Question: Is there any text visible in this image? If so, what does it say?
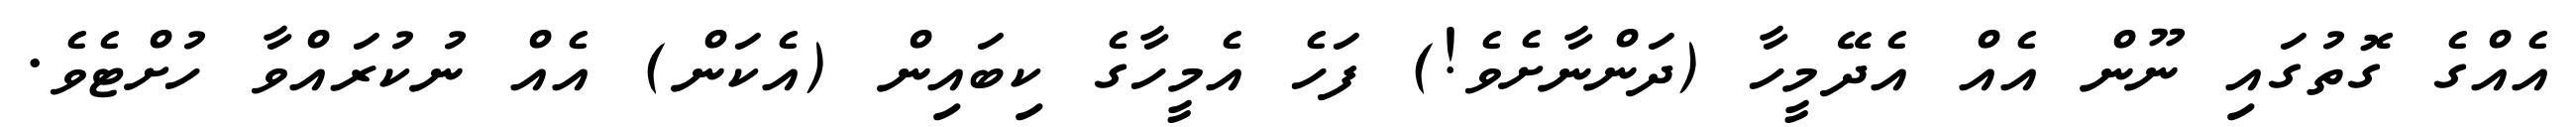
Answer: އެއްގެ ގޮތުގައި ނޫން އެއް އެދޭމީހާ (ދަންނާށެވެ!) ފަހެ އެމީހާގެ ކިބައިން (އެކަން) އެއް ނުކުރައްވާ ހުށްޓެވެ.